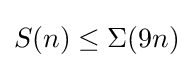
S(n)\leq \Sigma (9n)